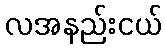
လအနည်းငယ်